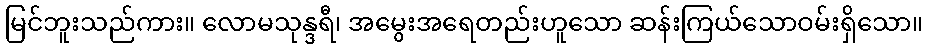
မြင်ဘူးသည်ကား။ လောမသုန္ဒရီ၊ အမွေးအရေတည်းဟူသော ဆန်းကြယ်သောဝမ်းရှိသော။